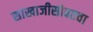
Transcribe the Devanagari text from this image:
साखाजीसोबतचा